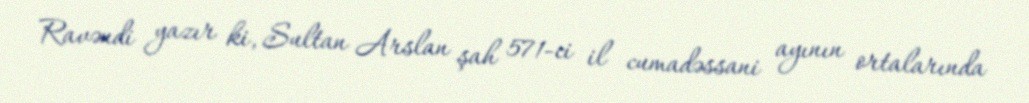
Ravəndi yazır ki, Sultan Arslan şah 571-ci il cumadəssani ayının ortalarında